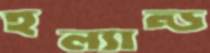
হল্যান্ড